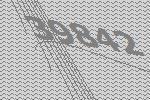
39842